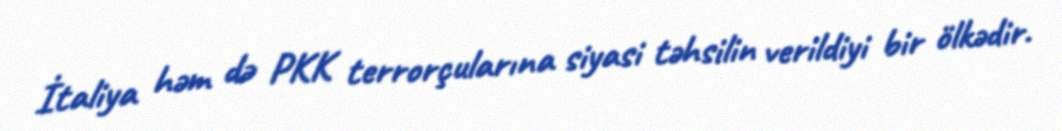
İtaliya həm də PKK terrorçularına siyasi təhsilin verildiyi bir ölkədir.